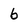
Character: 6